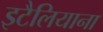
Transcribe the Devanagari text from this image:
इटैलियाना